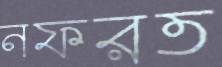
নফরত